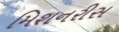
મિશનરીસ